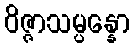
ဝိဇ္ဇာသမ္ပန္နော